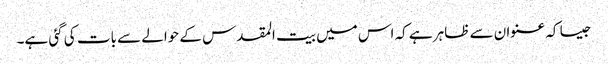
جیسا کہ عنوان سے ظاہر ہے کہ اس میں بیت المقدس کے حوالے سے بات کی گئی ہے۔